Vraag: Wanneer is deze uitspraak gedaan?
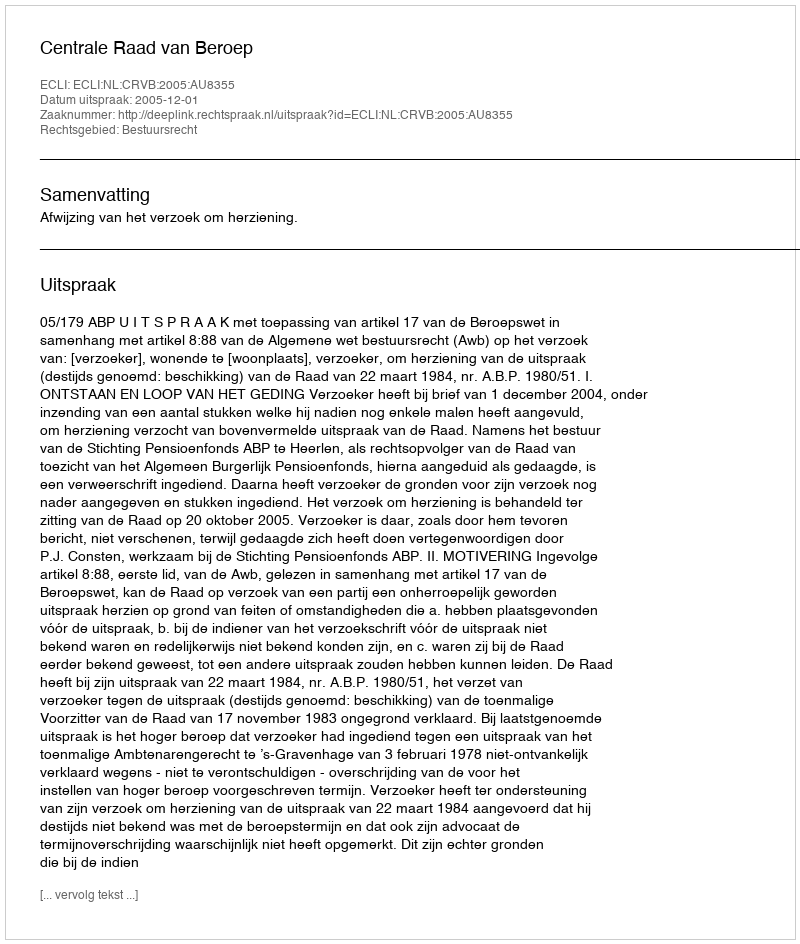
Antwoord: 2005-12-01